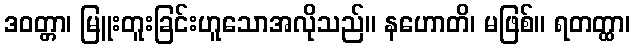
ဒဝတ္တာ၊ မြူးတူးခြင်းဟူသောအလိုသည်။ နဟောတိ၊ မဖြစ်။ ရတတ္ထာ၊